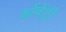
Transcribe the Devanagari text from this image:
कोंवेंट्री